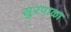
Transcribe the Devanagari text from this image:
सुरपाळा